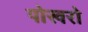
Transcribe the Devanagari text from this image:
पोखरो